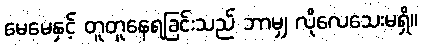
မေမေနှင့် တူတူနေရခြင်းသည် ဘာမျှ လိုလေသေးမရှိ။